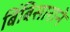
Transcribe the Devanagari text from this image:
बिंबिसाराने